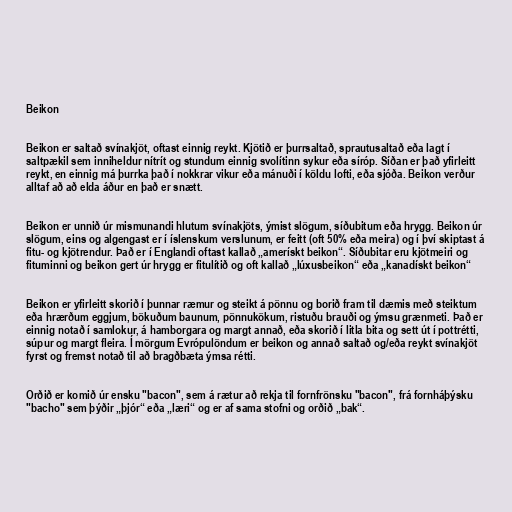
Beikon

Beikon er saltað svínakjöt, oftast einnig reykt. Kjötið er þurrsaltað, sprautusaltað eða lagt í
saltpækil sem inniheldur nítrít og stundum einnig svolítinn sykur eða síróp. Síðan er það yfirleitt
reykt, en einnig má þurrka það í nokkrar vikur eða mánuði í köldu lofti, eða sjóða. Beikon verður
alltaf að að elda áður en það er snætt.

Beikon er unnið úr mismunandi hlutum svínakjöts, ýmist slögum, síðubitum eða hrygg. Beikon úr
slögum, eins og algengast er í íslenskum verslunum, er feitt (oft 50% eða meira) og í því skiptast á
fitu- og kjötrendur. Það er í Englandi oftast kallað „amerískt beikon“. Síðubitar eru kjötmeiri og
fituminni og beikon gert úr hrygg er fitulítið og oft kallað „lúxusbeikon“ eða „kanadískt beikon“

Beikon er yfirleitt skorið í þunnar ræmur og steikt á pönnu og borið fram til dæmis með steiktum
eða hrærðum eggjum, bökuðum baunum, pönnukökum, ristuðu brauði og ýmsu grænmeti. Það er
einnig notað í samlokur, á hamborgara og margt annað, eða skorið í litla bita og sett út í pottrétti,
súpur og margt fleira. Í mörgum Evrópulöndum er beikon og annað saltað og/eða reykt svínakjöt
fyrst og fremst notað til að bragðbæta ýmsa rétti.

Orðið er komið úr ensku "bacon", sem á rætur að rekja til fornfrönsku "bacon", frá fornháþýsku
"bacho" sem þýðir „þjór“ eða „læri“ og er af sama stofni og orðið „bak“.